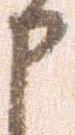
申